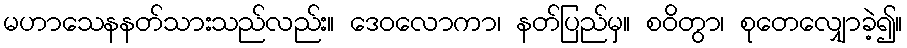
မဟာသေနနတ်သားသည်လည်း။ ဒေဝလောကာ၊ နတ်ပြည်မှ။ စဝိတွာ၊ စုတေလျှောခဲ့၍။